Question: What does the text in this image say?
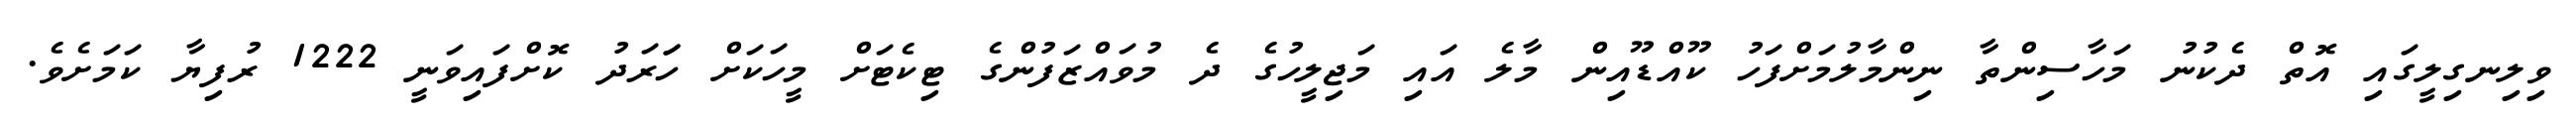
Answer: ވިލިނގިލީގައި އޮތް ދެކުނު މަހާސިންތާ ނިންމާލުމަށްފަހު ކޫއްޑޫއިން މާލެ އައި މަޖިލީހުގެ ދެ މުވައްޒަފުންގެ ޓިކެޓަށް މީހަކަށް ހަަރަދު ކޮށްފައިވަނީ 1222 ރުފިޔާ ކަމަށެވެ.